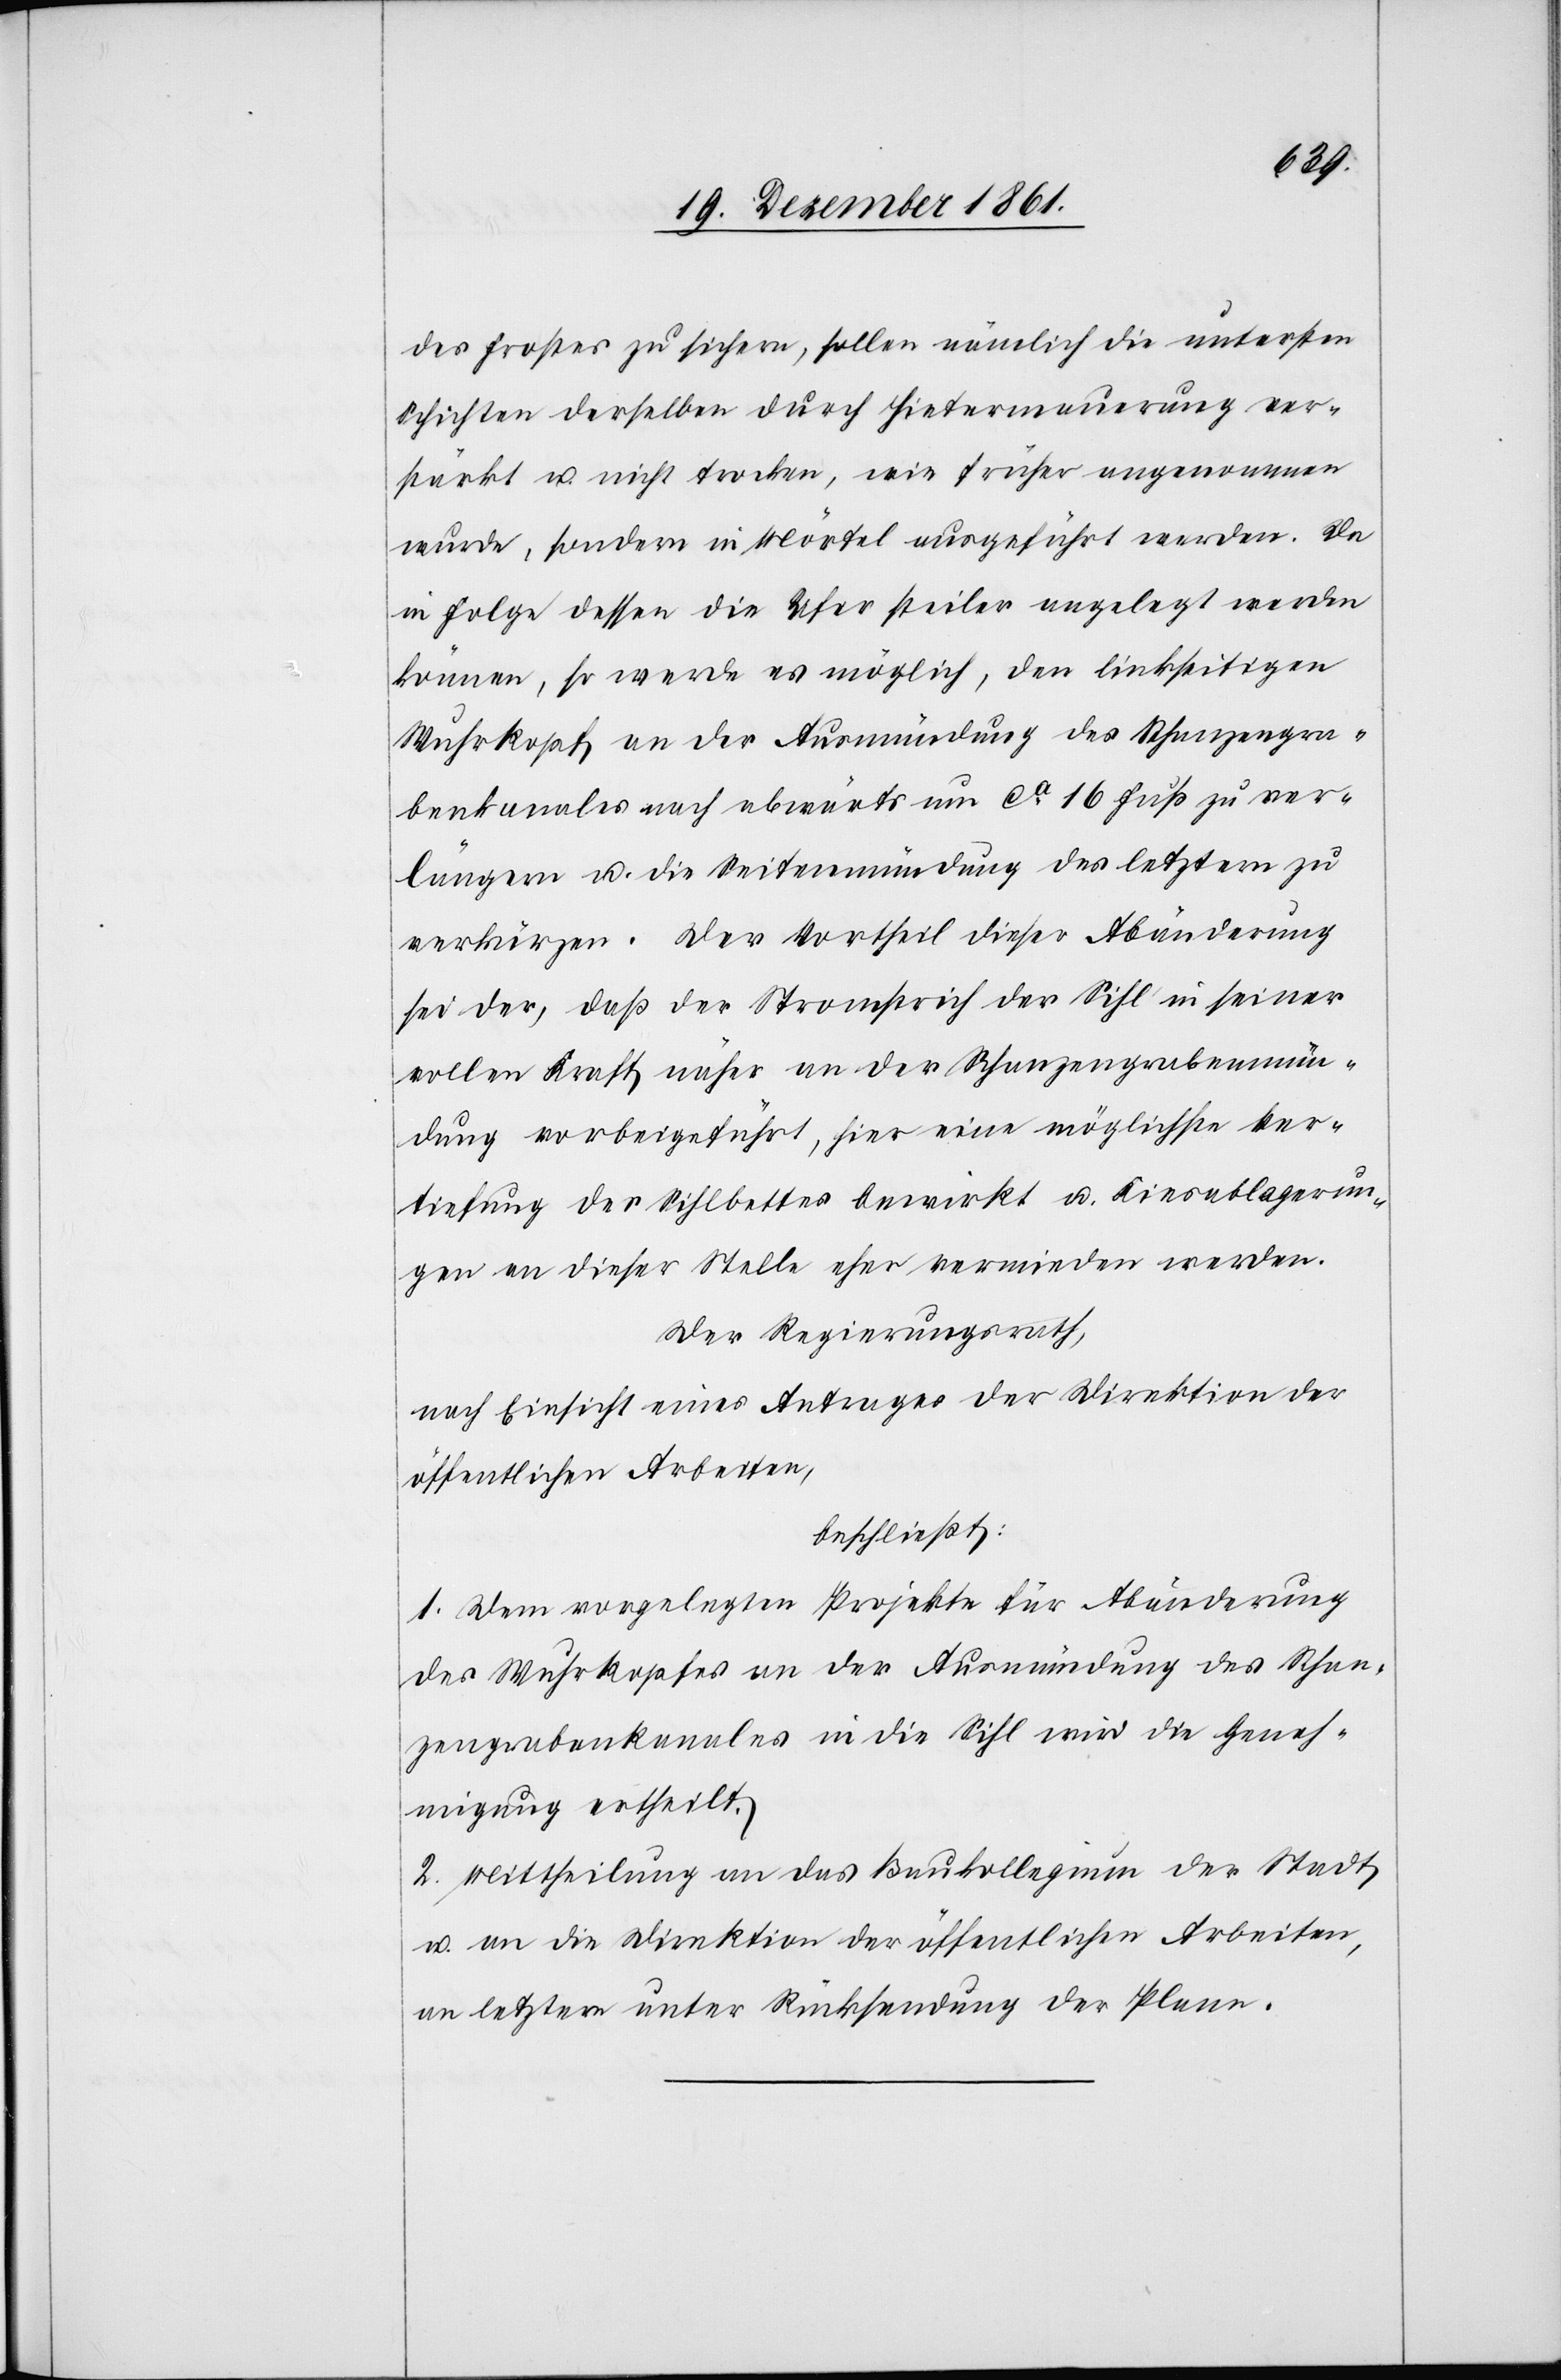
des Frostes zu sichern, sollen nämlich die untersten
Schichten derselben durch Hintermauerung ver¬
stärkt u. nicht trocken, wie früher angenommen
wurde, sondern in Mörtel ausgeführt werden. Da
in Folge dessen die Ufer steiler angelegt werden
können, so werde es möglich, den linkseitigen
Wuhrkopf an der Ausmündung des Schanzengra¬
benkanales nach abwärts um ca 16 Fuß zu ver¬
längern u. die Seitenmündung des letztern zu
verkürzen. Der Vortheil dieser Abänderung
sei der, daß der Stromstrich der Sihl in seiner
vollen Kraft näher an der Schanzengrabenmün¬
dung vorbeigeführt, hier eine mögliche Ver¬
tiefung des Sihlbettes bewirkt u. Kiesablagerun¬
gen an dieser Stelle eher vermieden werden.
Der Regierungsrath,
nach Einsicht eines Antrages der Direktion der
öffentlichen Arbeiten,
beschließt:
1. Dem vorgelegten Projekte für Abänderung
des Wuhrkopfes an der Ausmündung des Schan¬
zengrabenkanales in die Sihl wird die Geneh¬
migung ertheilt.
2. Mittheilung an das Baukollegium der Stadt
u. an die Direktion der öffentlichen Arbeiten,
an letztere unter Rücksendung der Plane.